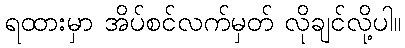
ရထားမှာ အိပ်စင်လက်မှတ် လိုချင်လို့ပါ။